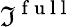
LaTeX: \Im^{\mathrm{~f~u~l~l~}}